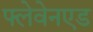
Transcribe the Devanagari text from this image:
फ्लेवेनएड